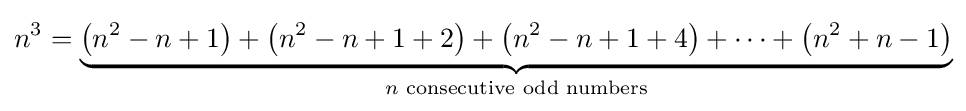
n^{3}=\underbrace {\left(n^{2}-n+1\right)+\left(n^{2}-n+1+2\right)+\left(n^{2}-n+1+4\right)+\cdots +\left(n^{2}+n-1\right)} _{n{\text{ consecutive odd numbers}}}